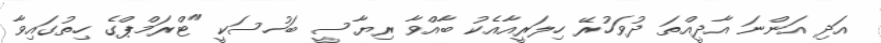
އަދި އަންނަ އާދީއްތަ ދުވަހުރޭ ހިލަރީއާއެކު ބާއްވާ ރިޔާސީ ބަހުސަކީ "ޓްރަމްޕްގެ ހިތުގައިވާ